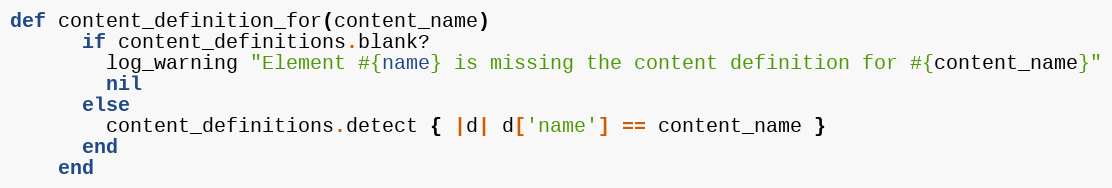
Language: Ruby
def content_definition_for(content_name)
      if content_definitions.blank?
        log_warning "Element #{name} is missing the content definition for #{content_name}"
        nil
      else
        content_definitions.detect { |d| d['name'] == content_name }
      end
    end